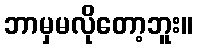
ဘာမှမလိုတော့ဘူး။